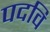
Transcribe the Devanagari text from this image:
पदवि